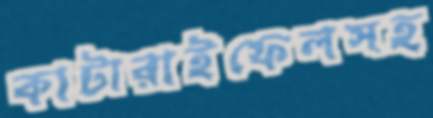
কাটারাইফেলসহ